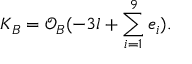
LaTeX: K _ { B } = { \mathcal O } _ { B } ( - 3 l + \sum _ { i = 1 } ^ { 9 } e _ { i } ) .